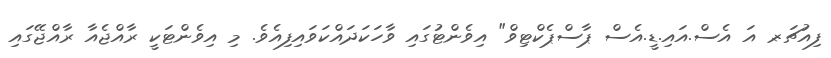
ފިއުޗަރ- އަ އެސް.އައި.ޑީ.އެސް ޕާސްޕެކްޓިވް" އިވެންޓުގައި ވާހަކަދައްކަވައިފިއެވެ. މި އިވެންޓަކީ ރާއްޖެއާ ރާއްޖޭގައި